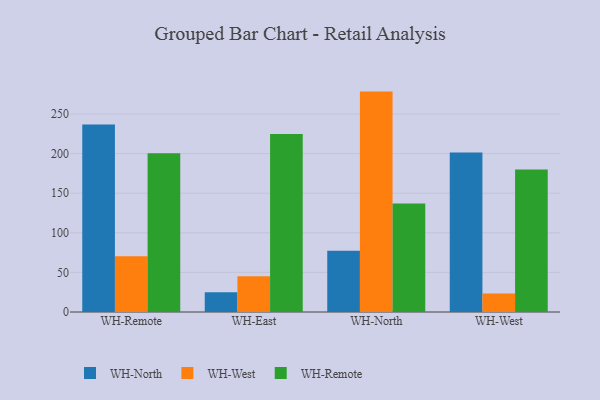
{"axis": {"x": "Warehouse", "y": "Production Output"}, "legend": ["WH-North", "WH-Remote", "WH-West"], "data": [{"x": "WH-Remote", "y": 236.6, "type": "WH-North"}, {"x": "WH-Remote", "y": 70.3, "type": "WH-West"}, {"x": "WH-Remote", "y": 200.3, "type": "WH-Remote"}, {"x": "WH-East", "y": 24.8, "type": "WH-North"}, {"x": "WH-East", "y": 45.0, "type": "WH-West"}, {"x": "WH-East", "y": 224.8, "type": "WH-Remote"}, {"x": "WH-North", "y": 77.3, "type": "WH-North"}, {"x": "WH-North", "y": 278.3, "type": "WH-West"}, {"x": "WH-North", "y": 137.1, "type": "WH-Remote"}, {"x": "WH-West", "y": 201.3, "type": "WH-North"}, {"x": "WH-West", "y": 23.5, "type": "WH-West"}, {"x": "WH-West", "y": 180.0, "type": "WH-Remote"}]}